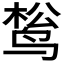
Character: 𬸔